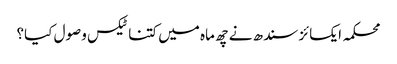
محکمہ ایکسائز سندھ نے چھ ماہ میں کتنا ٹیکس وصول کیا؟